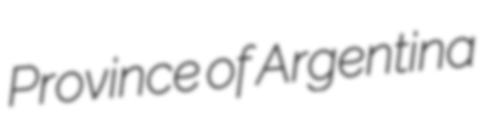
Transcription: Province of Argentina